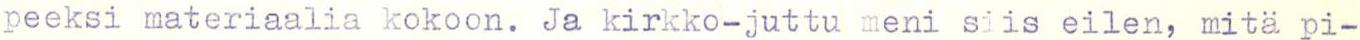
peeksi materiaalia kokoon. Ja kirkko-juttu meni siis eilen, mitä pi-